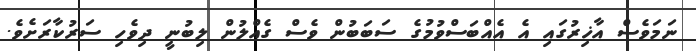
ނަމަވެސް އާޚިރުގައި އެ އެއްބަސްވުމުގެ ސަބަބުން ވެސް ގެއްލުން ލިބުނީ ދިވެހި ސަރުކާރަށެވެ.